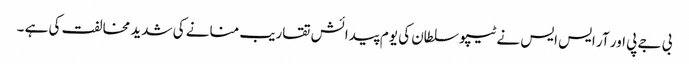
بی جے پی اور آر ایس ایس نے ٹیپو سلطان کی یوم پیدائش تقاریب منانے کی شدید مخالفت کی ہے ۔